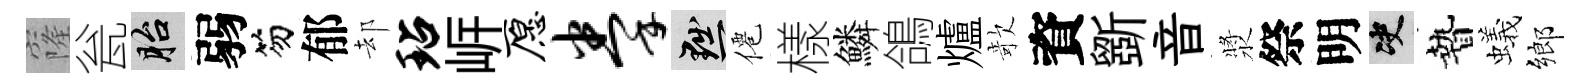
窿瓮胎弱笏郁却玷㟁愿拳黜僊樣鱗鴿爐欹資斵音漿祭明决贄蟻鄉